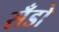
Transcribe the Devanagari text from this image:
सँडो